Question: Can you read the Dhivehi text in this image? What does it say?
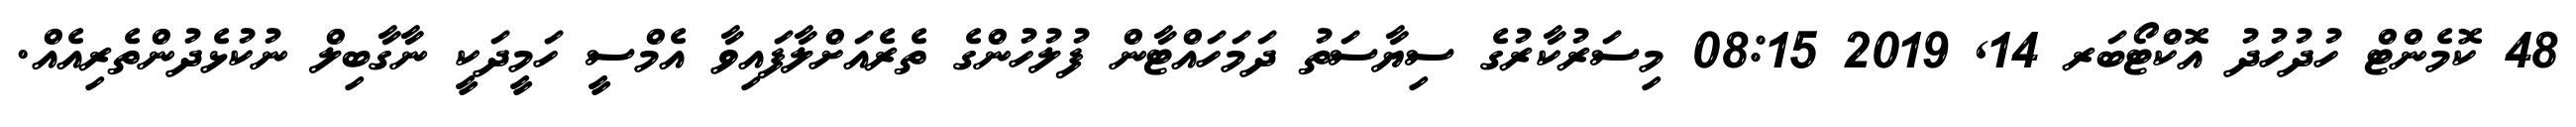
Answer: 48 ކޮމެންޓް ހުދުހުދު އޮކްޓޯބަރ 14, 2019 08:15 މިސަރުކާރުގެ ސިޔާސަތު ދަމަހައްޓާން ފުލުހުންގެ ތެރެއަށްލާފައިވާ އެމްސީ ހަމީދަކީ ނާގާބިލް ނުކުޅެދުންތެރިއެއް.